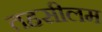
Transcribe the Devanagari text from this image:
तहसीलम